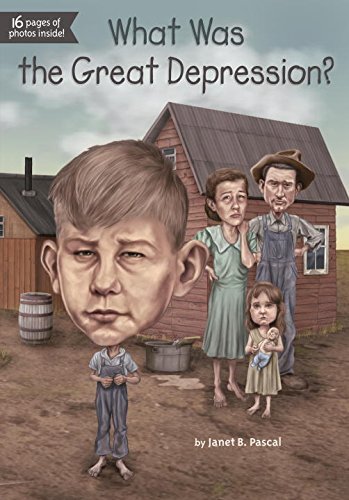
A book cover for What Was the Great Depression?; Janet Pascal; Children's Books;